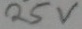
Text: 25v